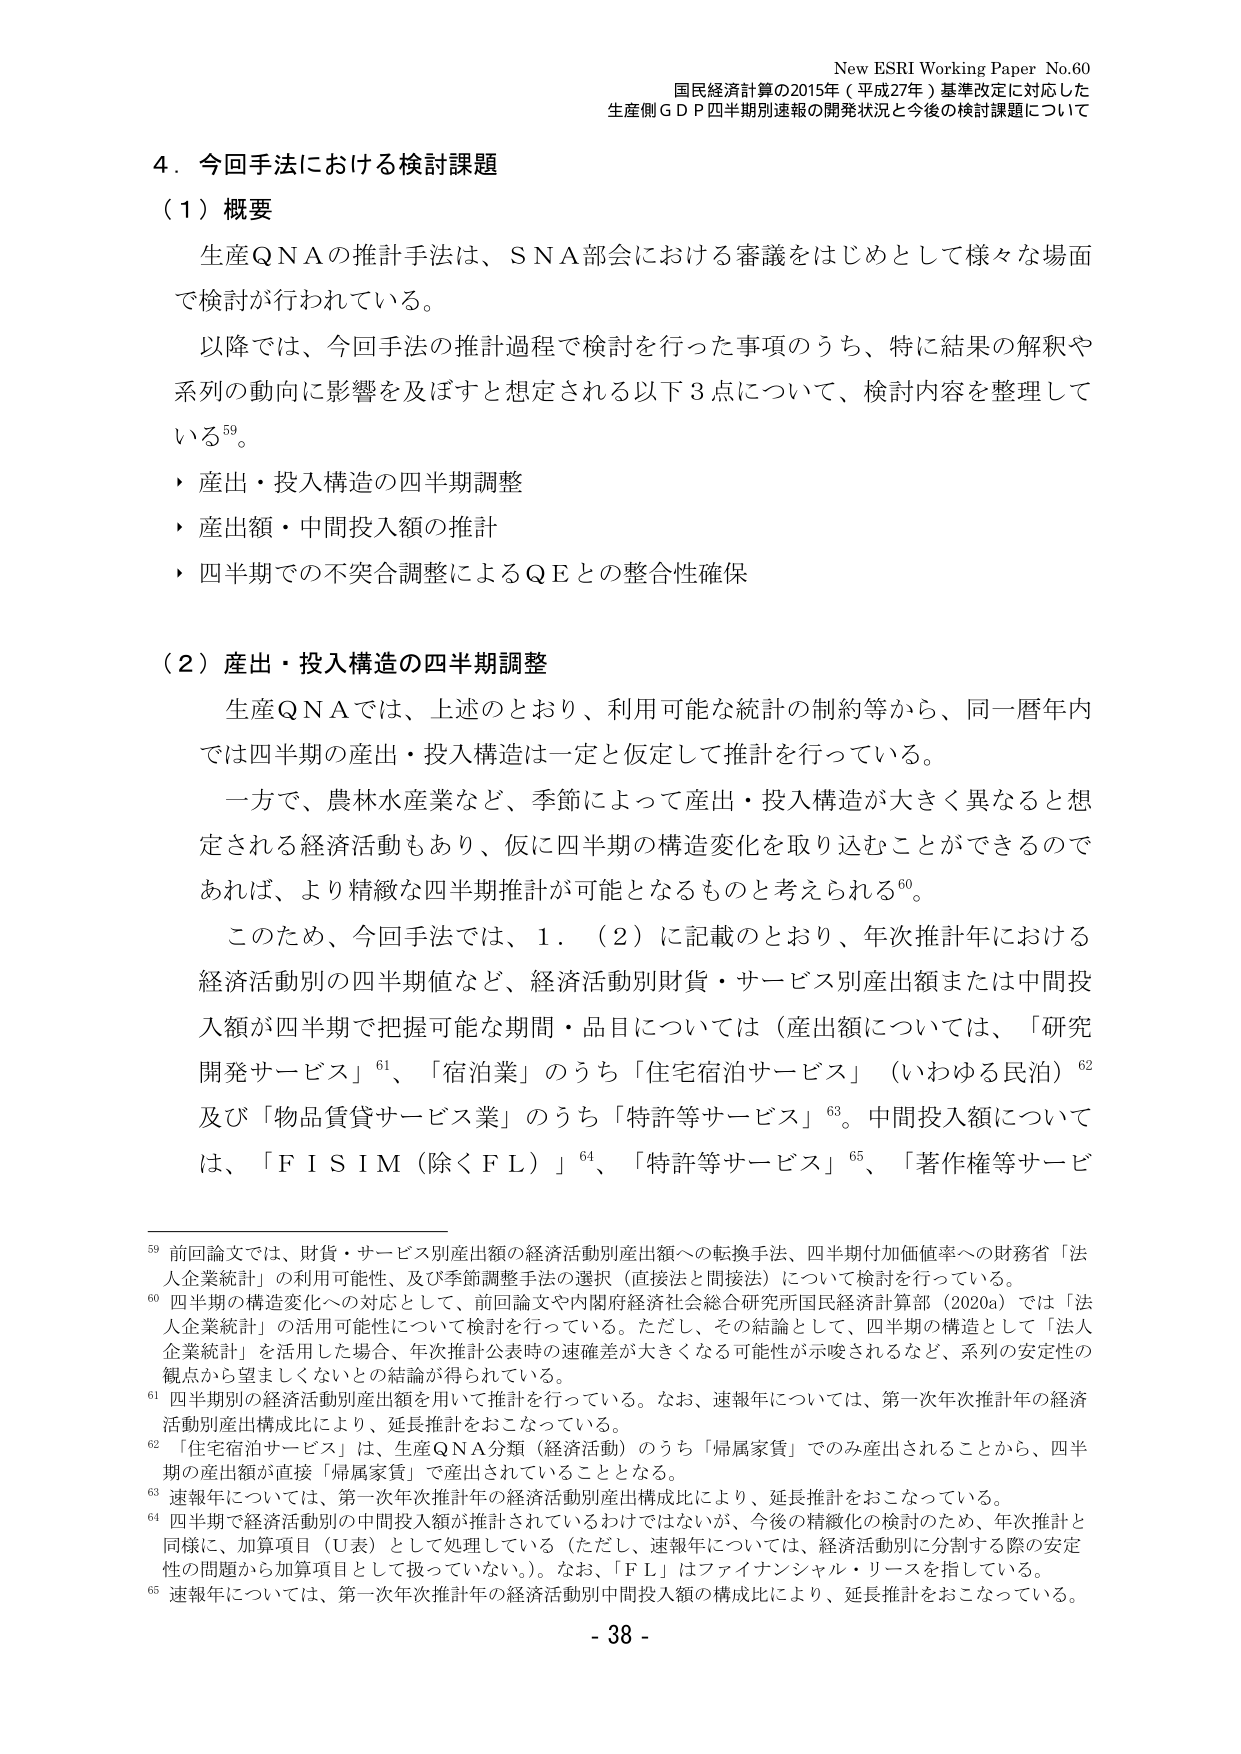
New ESRI Working Paper No.60
国民経済計算の2015年（平成27年）基準改定に対応した
生産側ＧＤＰ四半期別速報の開発状況と今後の検討課題について

4．今回手法における検討課題

（1）概要
生産ＱＮＡの推計手法は、ＳＮＡ部会における審議をはじめとして様々な場面
で検討が行われている。
以降では、今回手法の推計過程で検討を行った事項のうち、特に結果の解釈や
系列の動向に影響を及ぼすと想定される以下3点について、検討内容を整理して
いる⁵⁹。
・ 産出・投入構造の四半期調整
・ 産出額・中間投入額の推計
・ 四半期での不突合調整によるＱＥとの整合性確保

（2）産出・投入構造の四半期調整
生産ＱＮＡでは、上述のとおり、利用可能な統計の制約等から、同一暦年内
では四半期の産出・投入構造は一定と仮定して推計を行っている。
一方で、農林水産業など、季節によって産出・投入構造が大きく異なると想
定される経済活動もあり、仮に四半期の構造変化を取り込むことができるの
であれば、より精緻な四半期推計が可能となるものと考えられる⁶⁰。
このため、今回手法では、1．（2）に記載のとおり、年次推計年における
経済活動別の四半期値など、経済活動別財貨・サービス別産出額または中間投
入額が四半期で把握可能な期間・品目については（産出額については、「研究
開発サービス」⁶¹、「宿泊業」のうち「住宅宿泊サービス」（いわゆる民泊）⁶²
及び「物品賃貸サービス業」のうち「特許等サービス」⁶³。中間投入額について
は、「ＦＩＳＩＭ（除くＦＬ）」⁶⁴、「特許等サービス」⁶⁵、「著作権等サービ

⁵⁹ 前回論文では、財貨・サービス別産出額の経済活動別産出額への転換手法、四半期付加価値率への財務省「法
人企業統計」の利用可能性、及び季節調整手法の選択（直接法と間接法）について検討を行っている。
⁶⁰ 四半期の構造変化への対応として、前回論文や内閣府経済社会総合研究所国民経済計算部（2020a）では「法
人企業統計」の活用可能性について検討を行っている。ただし、その結論として、四半期の構造として「法人
企業統計」を活用した場合、年次推計公表時の速確差が大きくなる可能性が示唆されるなど、系列の安定性の
観点から望ましくないとの結論が得られている。
⁶¹ 四半期別の経済活動別産出額を用いて推計を行っている。なお、速報年については、第一次年次推計年の経済
活動別産出構成比により、延長推計をおこなっている。
⁶² 「住宅宿泊サービス」は、生産ＱＮＡ分類（経済活動）のうち「帰属家賃」でのみ産出されることから、四半
期の産出額が直接「帰属家賃」で産出されることとなる。
⁶³ 速報年については、第一次年次推計年の経済活動別産出構成比により、延長推計をおこなっている。
⁶⁴ 四半期で経済活動別の中間投入額が推計されているわけではないが、今後の精緻化の検討のため、年次推計と
同様に、加算項目（Ｕ表）として処理している（ただし、速報年については、経済活動別に分割する際の安定
性の問題から加算項目として扱っていない。）。なお、「ＦＬ」はファイナンシャル・リースを指している。
⁶⁵ 速報年については、第一次年次推計年の経済活動別中間投入額の構成比により、延長推計をおこなっている。

- 38 -